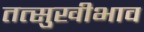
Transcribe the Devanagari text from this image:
तत्सुखीभाव